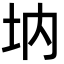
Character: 㘨